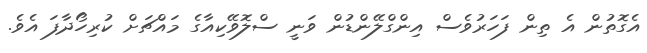
އެގޮތުން އެ ތިން ފަހަރުވެސް އިންގްލޭންޑުން ވަނީ ސްލޮވޭކިއާގެ މައްޗަށް ކުރިހޯދާފަ އެވެ.